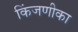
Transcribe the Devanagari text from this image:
किंजणीका